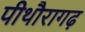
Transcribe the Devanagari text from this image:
पीथौरागढ़